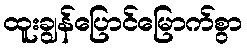
ထူးချွန်ပြောင်မြောက်စွာ